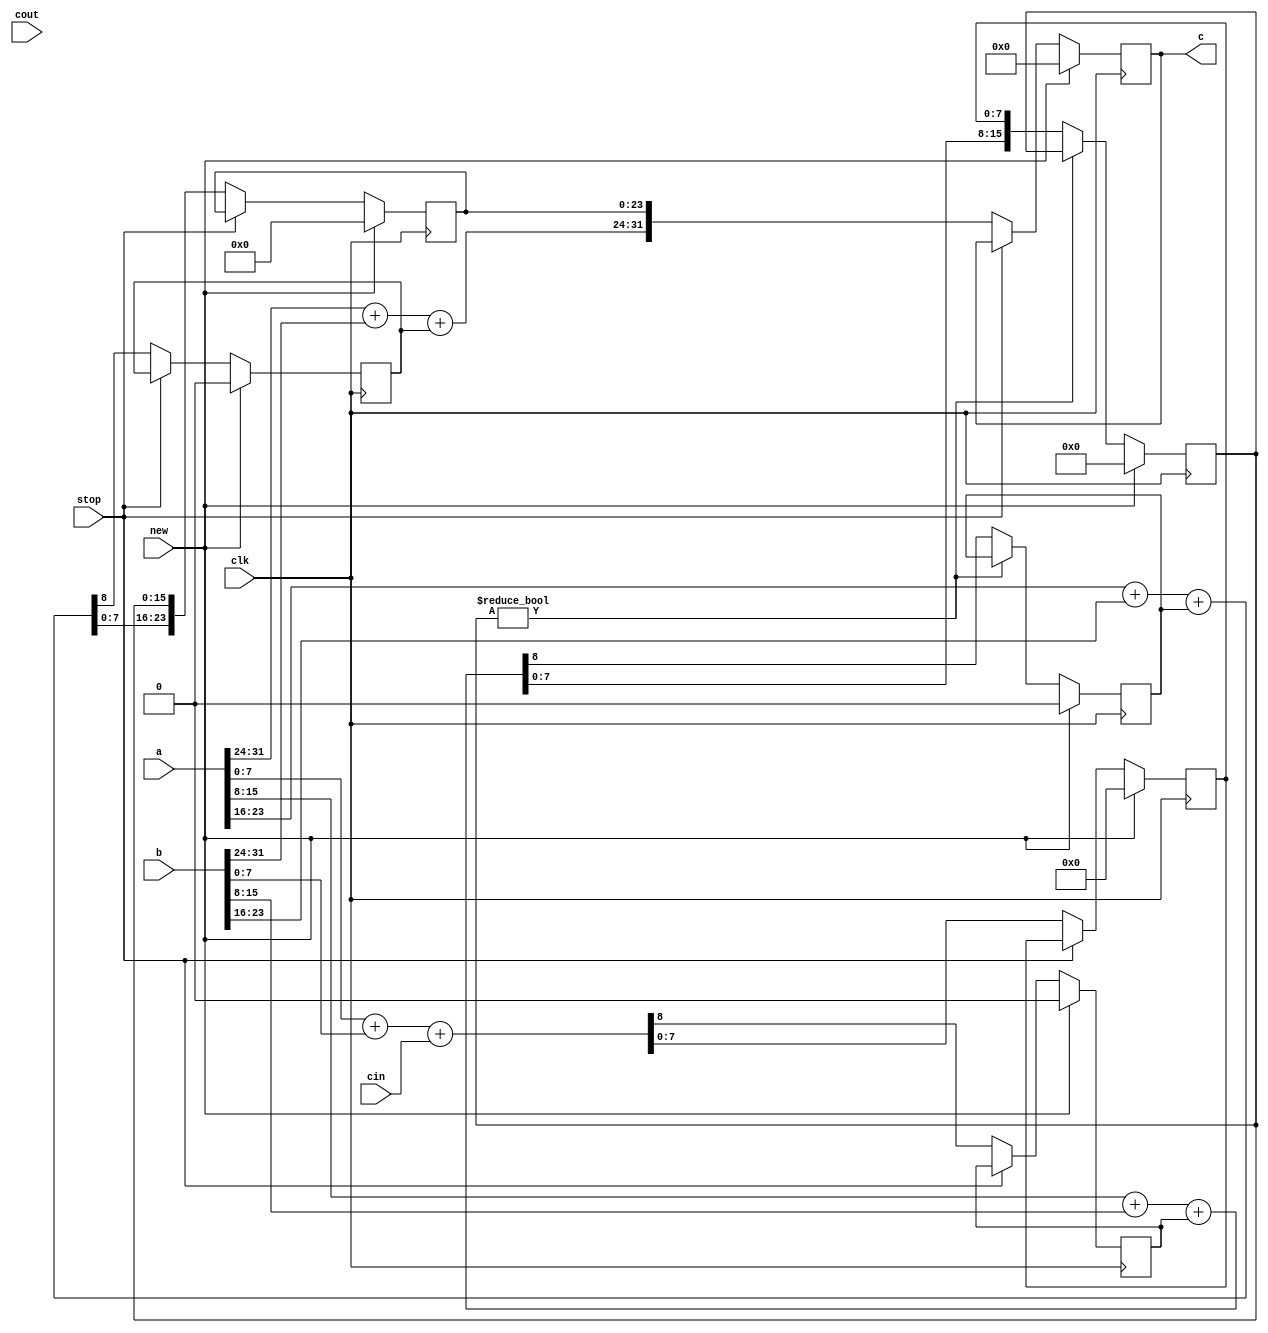
`timescale 1ns / 1ps
//////////////////////////////////////////////////////////////////////////////////
// Company: 
// Engineer: 
// 
// Design Name: 
// Module Name: riveradd32_4
// Project Name: 
// Target Devices: 
// Tool Versions: 
// Description: 
// 
// Dependencies: 
// 
// Revision:
// Revision 0.01 - File Created
// Additional Comments:
// 
//////////////////////////////////////////////////////////////////////////////////


module riveradd32_4(
input [31:0]a,
input [31:0]b,
output [31:0]c,//
input clk,
input cin,//
input stop,//
input cout,//
input new//
    );
    reg cout1,cout2,cout3,cout4;//4
    reg [7:0]sum1;
    reg [15:0]sum2;
    reg [23:0]sum3;
    reg [31:0]sum4;
    //1
    always@(posedge clk)
    begin
        if(new)
        begin
        cout1=0;
        sum1=0;
        end
        else if(stop)
        begin
        cout1<=cout1;
        sum1<=sum1;
        end
         else
        begin
        {cout1,sum1}<={1'b0,a[7:0]}+{1'b0,b[7:0]}+{7'b0000000,cin};
        end
    end
    //2
    always@(posedge clk)
    begin
        if(new)
        begin
        cout2<=0;
        sum2<=0;
        end
        else if(sum2)
        begin
        cout2<=cout2;
        sum2<=sum2;
        end
        else
        begin
        {cout2,sum2}<={{1'b0,a[15:8]}+{1'b0,b[15:8]}+cout1,sum1};
        end
    
    end
    //3
    always@(posedge clk)
    begin
        if(new)
        begin
        cout3<=0;
        sum3<=0;
        end
        else if(stop)
        begin
        cout3<=cout3;
        sum3<=sum3;
        end
     else
        begin
        {cout3,sum3}<={{1'b0,a[23:16]}+{1'b0,b[23:16]}+cout2,sum2};
        end
    end
    //4
    always@(posedge clk)
    begin
        if(new)
        begin
        cout4<=0;
        sum4<=0;
        end
        else if(stop)
        begin
        cout4<=cout4;
        sum4<=sum4;
        end
        else
        begin
        {cout4,sum4}<={{1'b0,a[31:24]}+{1'b0,b[31:24]}+cout3,sum3};
        end
    end
    assign c=sum4;
    assign cout=cout4;
    
endmodule